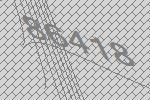
86418